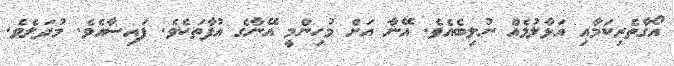
އޯގާތެރިކަމާއި އަޅާލުމެއް ނުލިބެއެވެ. އޭނާ އަށް މުހިންމީ އޭނާގެ އުފާތަކެވެ. ފައިސާއެވެ. މުދަލެވެ.